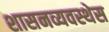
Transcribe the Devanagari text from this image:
शासनव्यवस्थेस